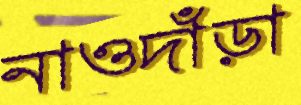
নাওদাঁড়া